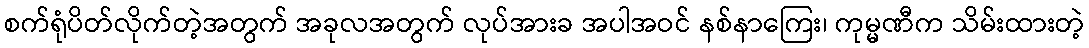
စက်ရုံပိတ်လိုက်တဲ့အတွက် အခုလအတွက် လုပ်အားခ အပါအဝင် နစ်နာကြေး၊ ကုမ္မဏီက သိမ်းထားတဲ့